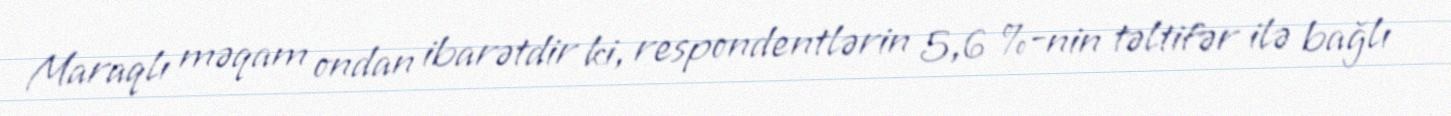
Maraqlı məqam ondan ibarətdir ki, respondentlərin 5,6 %-nin təltifər ilə bağlı